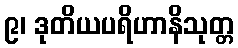
၉၊ ဒုတိယပရိဟာနိသုတ္တ